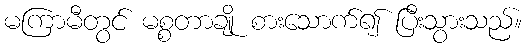
မကြာမီတွင် မစ္စတာချို စားသောက်၍ ပြီးသွားသည်။